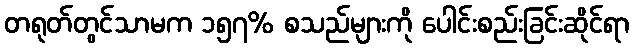
တရုတ်တွင်သာမက ၁၅၇% စသည်များကို ပေါင်းစည်းခြင်းဆိုင်ရာ